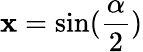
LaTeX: \mathbf{x}=\sin(\frac{{\alpha}}{{2}})